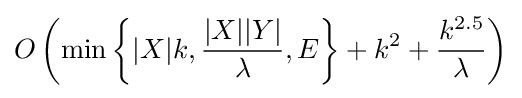
O\left(\min \left\{|X|k,{\frac {|X||Y|}{\lambda }},E\right\}+k^{2}+{\frac {k^{2.5}}{\lambda }}\right)